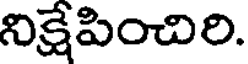
నిక్షేపించిరి.